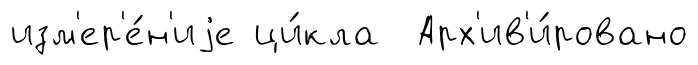
изм'ер'е́н'иjе ци́кла Арх'ив'и́ровано